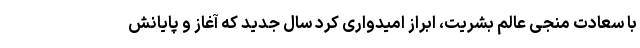
با سعادت منجی عالم بشریت، ابراز امیدواری کرد سال جدید که آغاز و پایانش